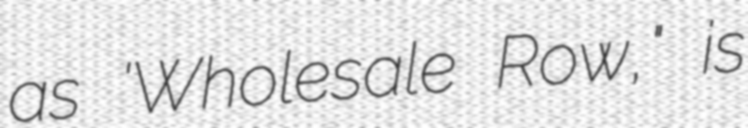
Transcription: as 'Wholesale Row," is